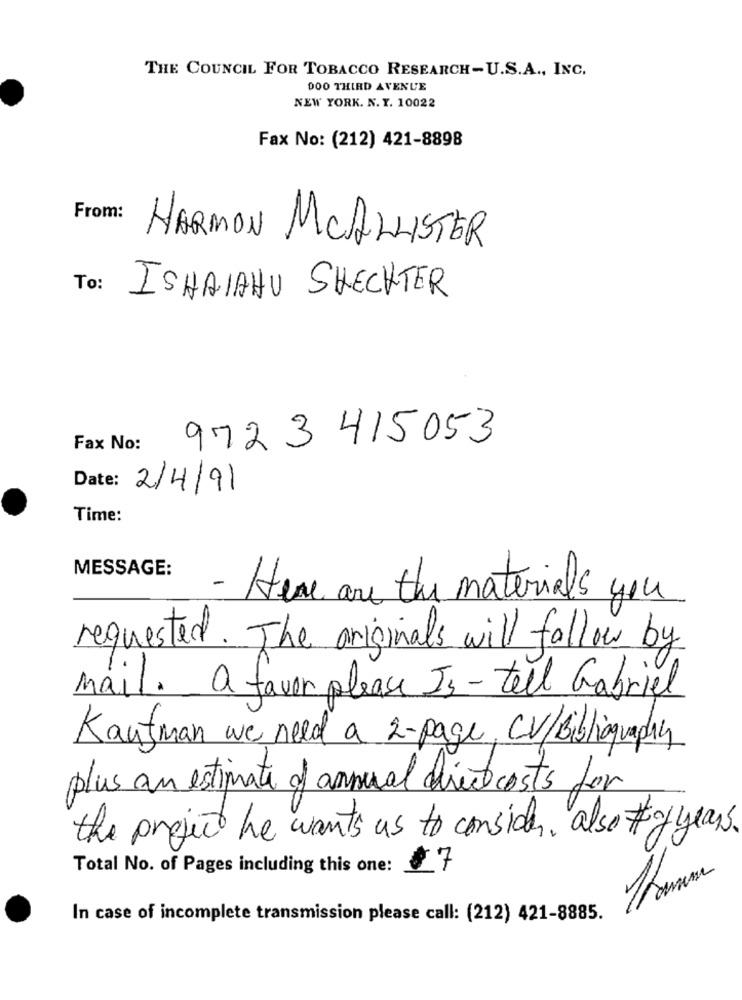
THE COUNCIL FOR TOBACCO RESEARCH-U.S.A ., INC.
DOO THIRD AVENUE
NEW YORK. N. Y. 10022
Fax No: (212) 421-8898
From:
HARMON MCALLISTER
To :
ISHALAHU SHECHTER
972 3 415053
Fax No:
Date: 2/4/91
Time:
MESSAGE:
- Here are the materials you
requested. The originals will follow by
mail. a favor please Is-tell Gabriel
Kaufman we need a 2-page, CV/Bibliography
plus an estimate of annual direct costs for
the project he wants us to consider, also #y years
Total No. of Pages including this one: 07
In case of incomplete transmission please call: (212) 421-8885.